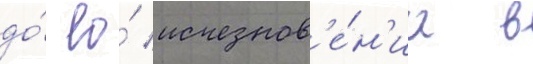
до́ ео́ исчезнов'е́н'иа в